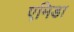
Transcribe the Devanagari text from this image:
एमिडा